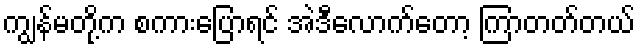
ကျွန်မတို့က စကားပြောရင် အဲဒီလောက်တော့ ကြာတတ်တယ်